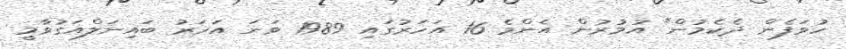
ހުވަފެން ދެކެމުން" އުމުރުން އެންމެ 16 އަހަރުގައި 1989 ވަނަ އަހަރު ބައިނަލްއަގުވާމީ